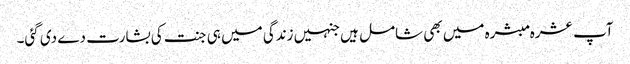
آپ عشرہ مبشرہ میں بھی شامل ہیں جنہیں زندگی میں ہی جنت کی بشارت دے دی گئی۔